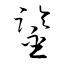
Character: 鍳